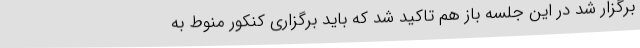
برگزار شد در این جلسه باز هم تاکید شد که باید برگزاری کنکور منوط به